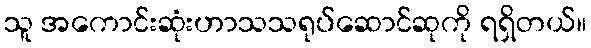
သူ အကောင်းဆုံးဟာသသရုပ်ဆောင်ဆုကို ရရှိတယ်။